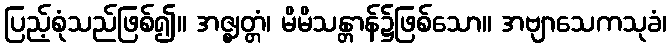
ပြည့်စုံသည်ဖြစ်၍။ အဇ္ဈတ္တံ၊ မိမိသန္တာန်၌ဖြစ်သော။ အဗျာသေကသုခံ၊